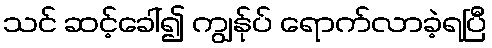
သင် ဆင့်ခေါ်၍ ကျွန်ုပ် ရောက်လာခဲ့ရပြီ